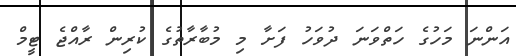
އަންނަ މަހުގެ ހަތްވަނަ ދުވަހު ފަށާ މި މުބާރާތުގެ ކުރިން ރާއްޖެ ޓީމް